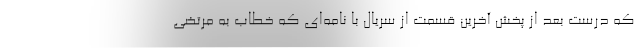
که درست بعد از پخش آخرین قسمت از سریال با نامه‌ای که خطاب به مرتضی